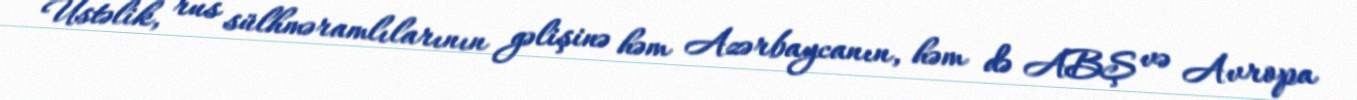
Üstəlik, rus sülhməramlılarının gəlişinə həm Azərbaycanın, həm də ABŞ və Avropa